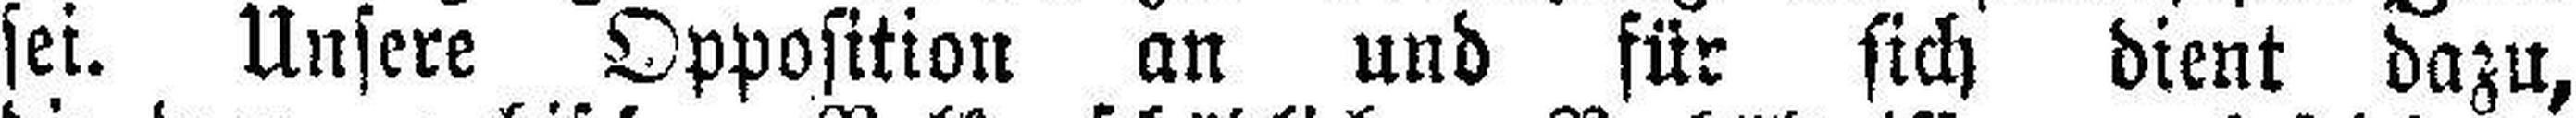
sei. Unsere Opposition an und für sich dient dazu,